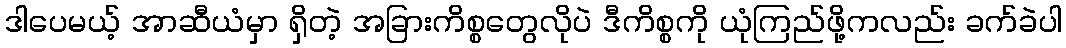
ဒါပေမယ့် အာဆီယံမှာ ရှိတဲ့ အခြားကိစ္စတွေလိုပဲ ဒီကိစ္စကို ယုံကြည်ဖို့ကလည်း ခက်ခဲပါ